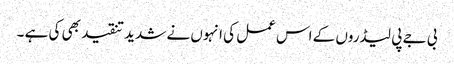
بی جے پی لیڈروں کے اس عمل کی انہوں نے شدید تنقید بھی کی ہے ۔